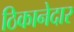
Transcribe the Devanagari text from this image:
ठिकानेदार